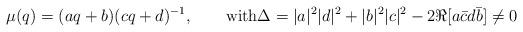
LaTeX: \begin{align*}\mu(q)=(aq+b)(cq+d)^{-1},\qquad\mbox{with}\Delta=|a|^2|d|^2+|b|^2|c|^2-2\Re[a\bar cd\bar b]\neq 0\end{align*}